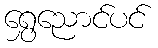
ရွှေညောင်ပင်